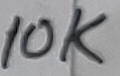
Text: 10K